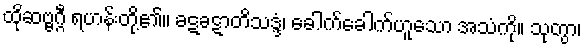
ထိုဆဗ္ဗဂ္ဂီ ရဟန်းတို့၏။ ခဋခဋာတိသဒ္ဒံ၊ ခေါက်ခေါက်ဟူသော အသံကို။ သုတွာ၊